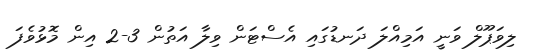
ލިވަޕޫލް ވަނީ އަމިއްލަ ދަނޑުގައި އެސްޓަން ވިލާ އަތުން 3-2 އިން މޮޅުވެފަ